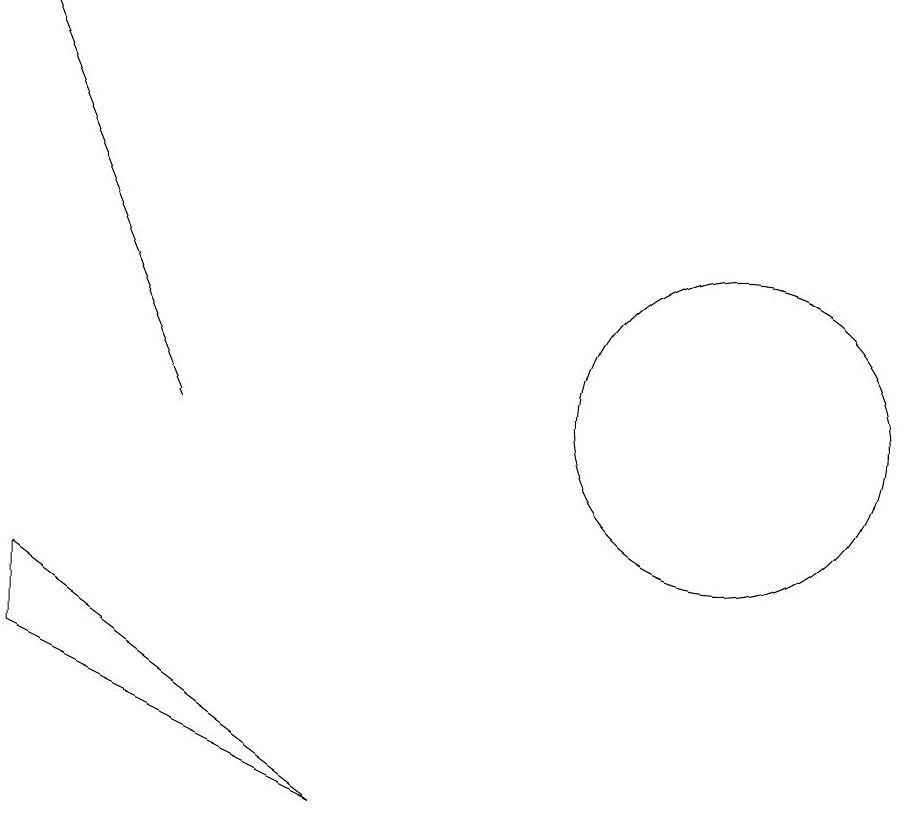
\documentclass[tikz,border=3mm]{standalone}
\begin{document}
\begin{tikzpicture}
\draw (11,10) circle (2);
\draw (2,8) -- (6,5) -- (2,7) -- cycle;
\draw[->] (4,10) -- (2,15);
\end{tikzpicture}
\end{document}